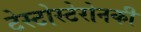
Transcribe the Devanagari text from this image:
टेस्टोस्टेरोनकी